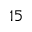
1 5